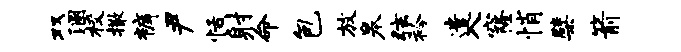
双溷校撒裤尹恬射命包放皋弦衿遣入窿悄檗箭